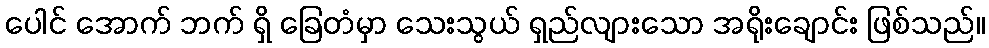
ပေါင် အောက် ဘက် ရှိ ခြေတံမှာ သေးသွယ် ရှည်လျားသော အရိုးချောင်း ဖြစ်သည်။